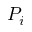
P _ { i }